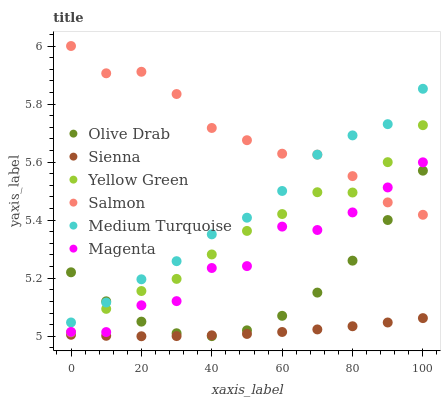
| xaxis_label | Olive Drab | Sienna | Yellow Green | Salmon | Medium Turquoise | Magenta |
 | --- | --- | --- | --- | --- | --- | --- |
 | 0 | 5.22 | 5.01 | 5.01 | 6 | 5.05 | 5.01 |
 | 10 | 5.12 | 5 | 5.09 | 5.91 | 5.12 | 5.01 |
 | 20 | 5.05 | 5 | 5.16 | 5.91 | 5.2 | 5.11 |
 | 30 | 5.01 | 5 | 5.2 | 5.83 | 5.26 | 5.12 |
 | 40 | 5 | 5 | 5.28 | 5.72 | 5.35 | 5.24 |
 | 50 | 5.02 | 5.01 | 5.36 | 5.68 | 5.41 | 5.24 |
 | 60 | 5.07 | 5.01 | 5.42 | 5.63 | 5.5 | 5.38 |
 | 70 | 5.15 | 5.02 | 5.5 | 5.63 | 5.63 | 5.37 |
 | 80 | 5.26 | 5.03 | 5.5 | 5.55 | 5.69 | 5.43 |
 | 90 | 5.4 | 5.05 | 5.6 | 5.46 | 5.73 | 5.51 |
 | 100 | 5.57 | 5.06 | 5.73 | 5.42 | 5.85 | 5.6 |